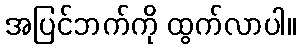
အပြင်ဘက်ကို ထွက်လာပါ။